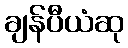
ချန်ပီယံဆု